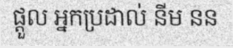
ផ្តួល អ្នកប្រដាល់ នីម នន